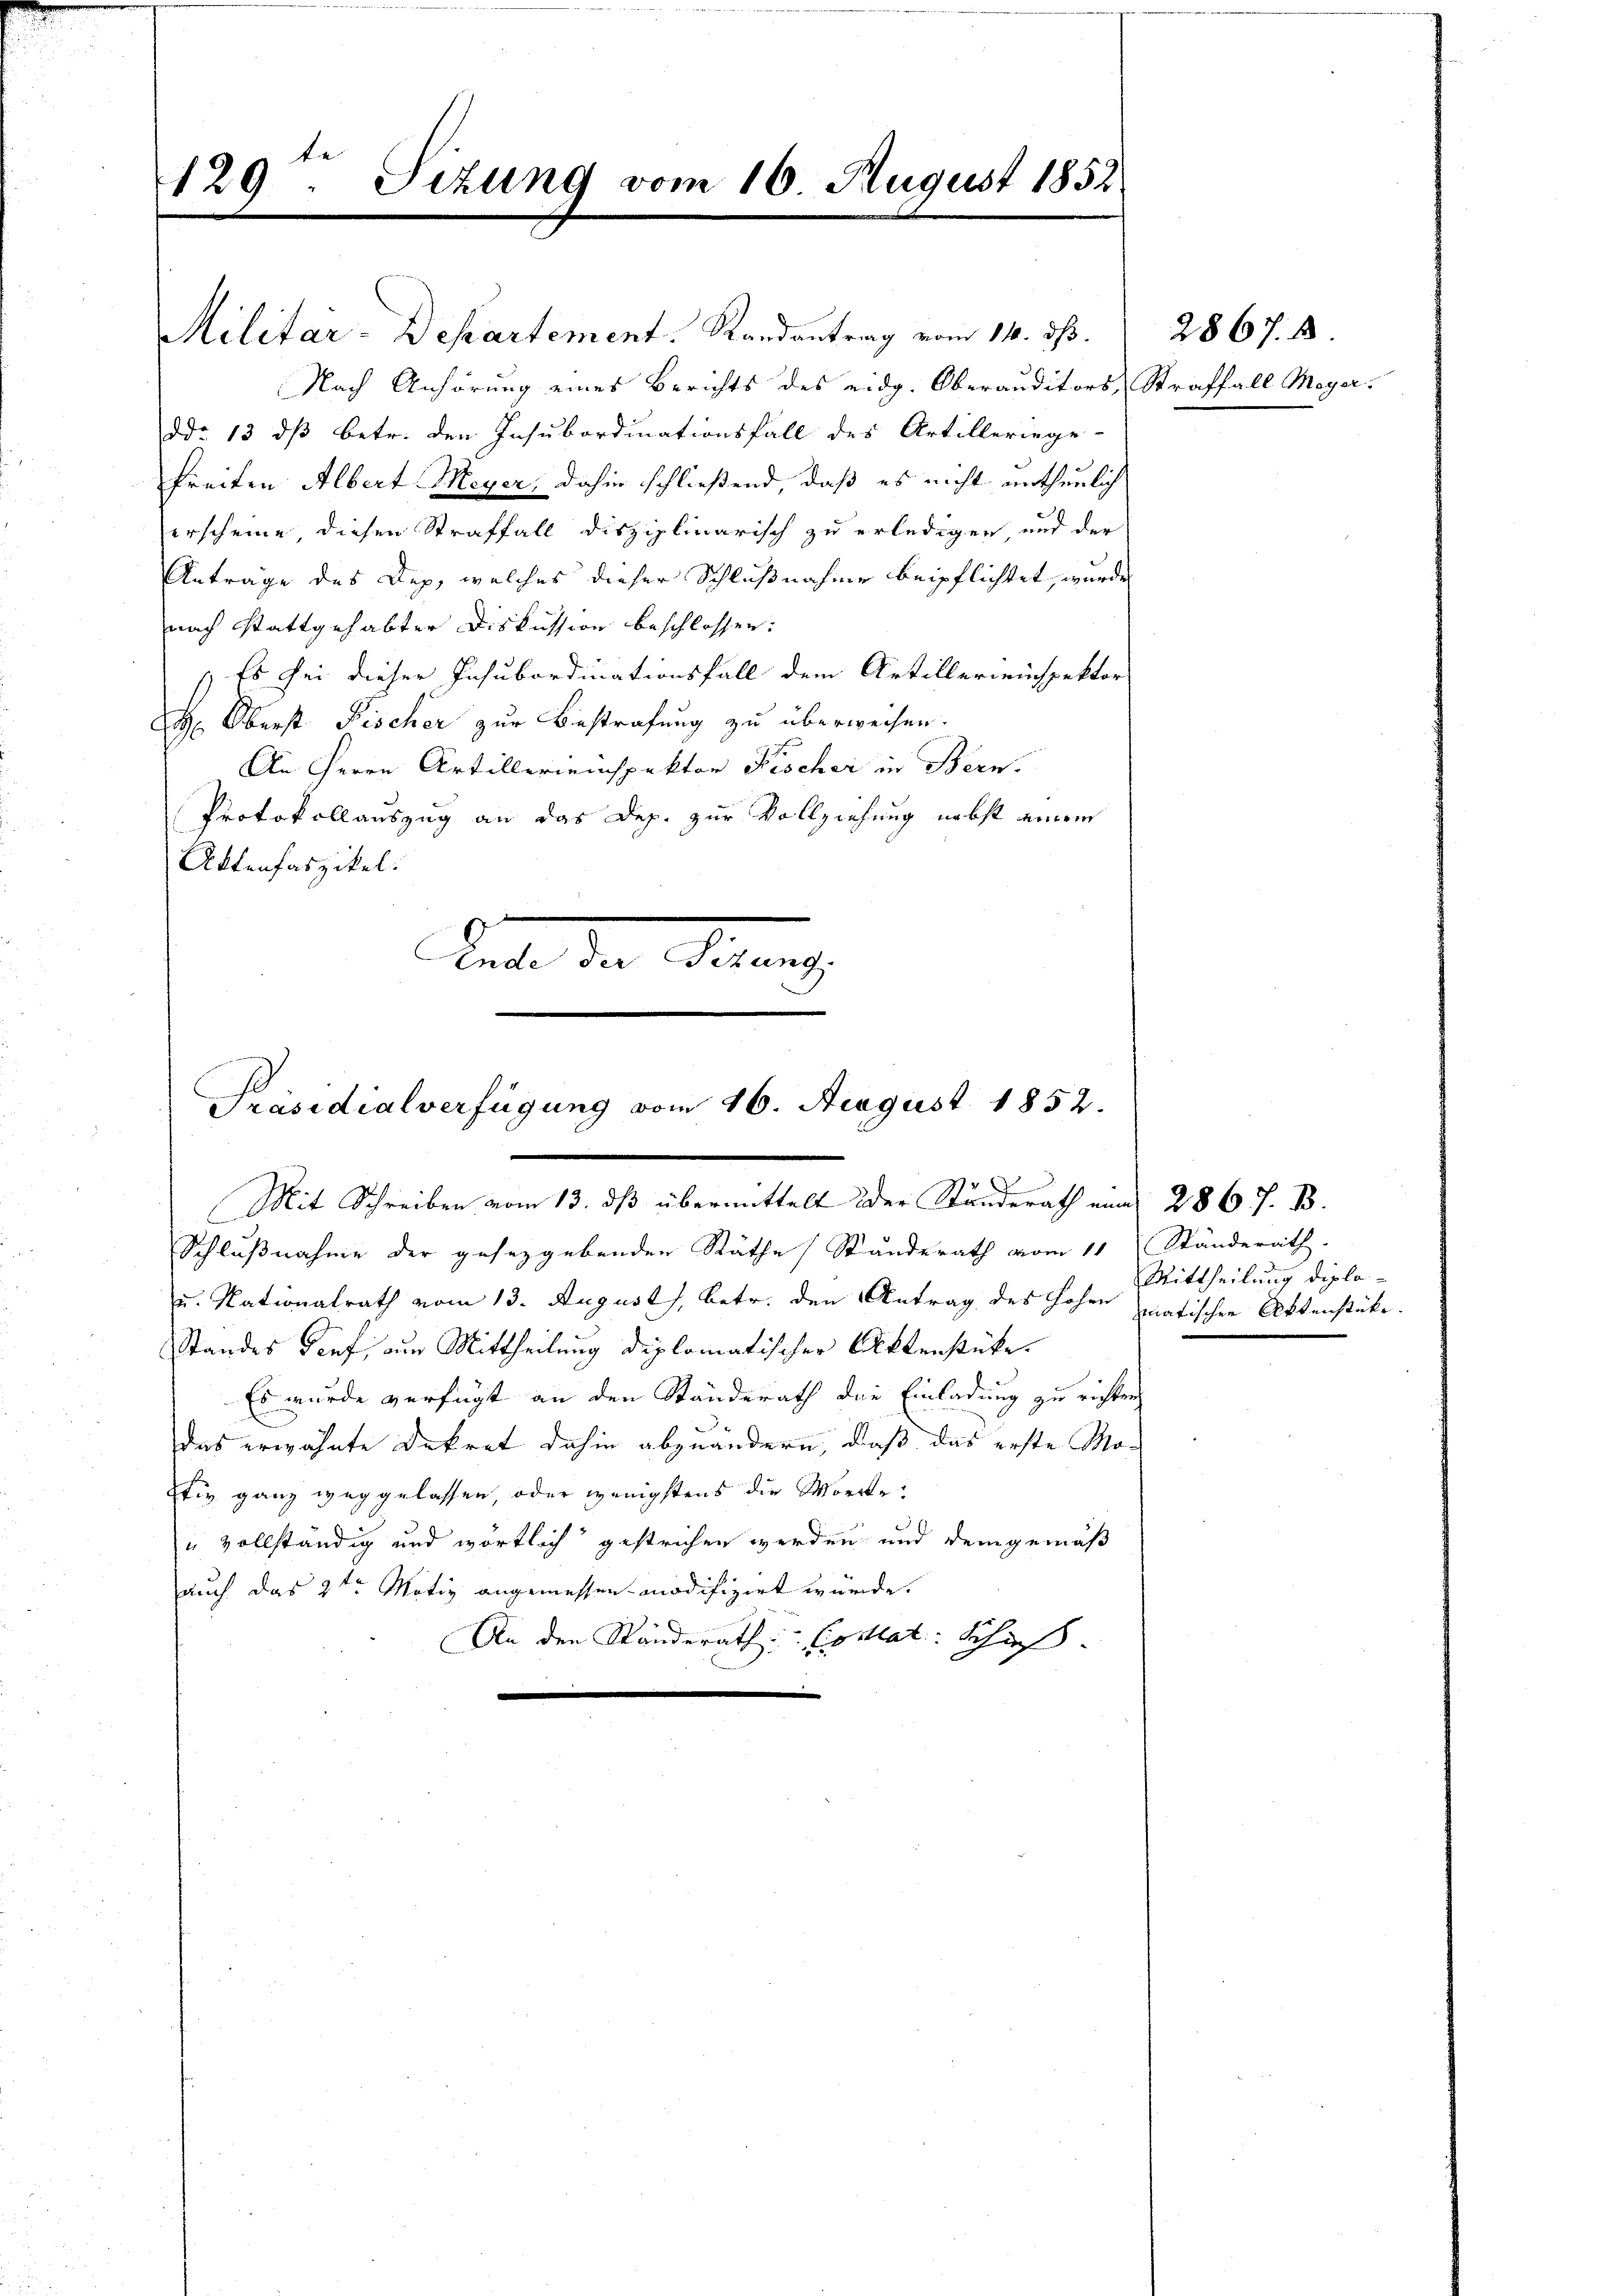
te
129: Sizung vom 16. August 1852.

Präsidialverfügung vom 16. August 1852.
Mit Schreiben vom 13. dß übermittelt der Ständerath eine 286 J. B.
Schlußnahme der gesetzgebenden Räthe (Standerath vom 11 Ständerath.

Militär-Departement. Randantrag vom 14. ds.

Nach Anhörung eines Berichts des eidg. Oberauditors Straffall Meyer.
ddo 13 dß betr. den Insubordinationsfall des Artilleringe-
freiten Albert Meyer, dahin schließend, daß es nicht entheilich
erscheine, diesen Straffall disziplinarisch zu erledigen und der
Anträge des Dep, welches dieser Schlußnahme beipflichtet, wurde
nach Stattgehabter Diskussion beschlossen:
1 Es sei dieser Insubordinationsfall dem Artillereinspektor
H. Oberst Fischer zur Bestrafung zu überweisen.
An Herrn Artillereinspektor Pischer in Bern.
Protokollauszug an das Dep. zur Vollziehung nebst einem
Aktenfaszikel.
Rate der Finanz

u. Nationalrath vom 13. August, betr. den Antrag des Hohen matischen Aktenstücke.
Standes Senf, aus Mittheilung diplomatischer Aktenstücke.
Es wurde verfügt an den Standerath die Einladung zu richten
das erwähnte Dekret dahin abzuändern, daß das erste Moztie ganz weggelassen, oder wenigstens die Morde
" vollständig und wörtlich gestrichen werden und demgemäß
auch das 2ten Motiz angemessen modifizirt würde.
An den Standerath: Cocat: Schieß
e

Mittheilung diplo¬

2867. 8.